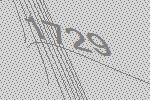
1729